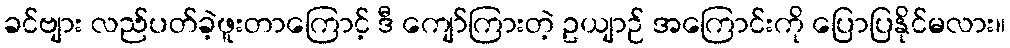
ခင်ဗျား လည်ပတ်ခဲ့ဖူးတာကြောင့် ဒီ ကျော်ကြားတဲ့ ဥယျာဉ် အကြောင်းကို ပြောပြနိုင်မလား။